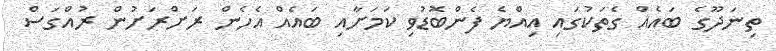
ތިނަދޫގެ ބައެއް ގެތަކުގައި އިއްޔެ ފެންބޮޑުވި ކަމަށާއި ބައެއް އެހެން ރަށްރަށުން ރުއްގަސް